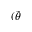
( \tilde { \theta }